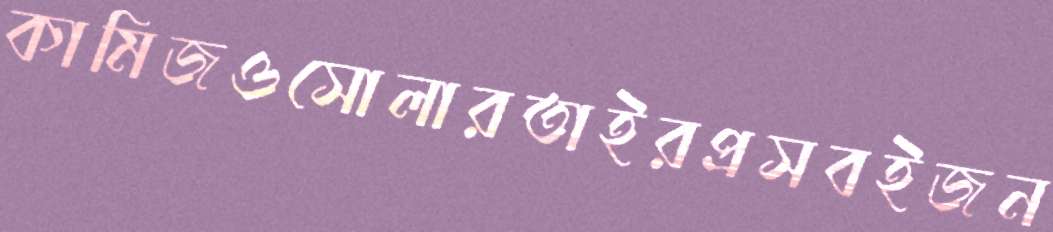
কামিজওসোলারতাইরপ্রসবইজন